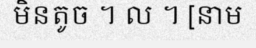
មិនតូច ។ ល ។ [នាម